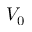
V _ { 0 }